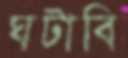
ঘটাবি